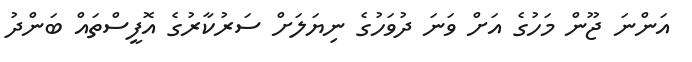
އަންނަ ޖޫން މަހުގެ އަށް ވަނަ ދުވަހުގެ ނިޔަލަށް ސަރުކާރުގެ އޮފީސްތައް ބަންދު